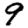
Digit: 9